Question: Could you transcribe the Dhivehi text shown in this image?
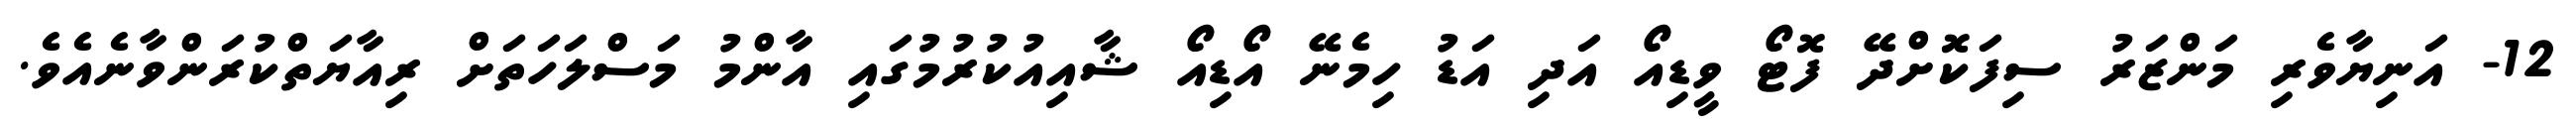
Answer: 12- އަނިޔާވެރި މަންޒަރު ސިފަކޮށްދޭ ފޮޓޯ ވީޑިއޯ އަދި އަޑު ހިމެނޭ އޯޑިއޯ ޝާއިއުކުރުމުގައި އާންމު މަސްލަހަތަށް ރިއާޔަތްކުރަންވާނެއެވެ.